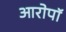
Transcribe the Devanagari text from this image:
आरोपॉ